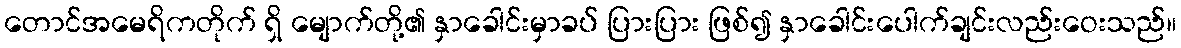
တောင်အမေရိကတိုက် ရှိ မျောက်တို့၏ နှာခေါင်းမှာခပ် ပြားပြား ဖြစ်၍ နှာခေါင်းပေါက်ချင်းလည်းဝေးသည်။